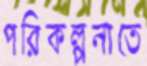
পরিকল্পনাতে